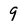
Character: 9